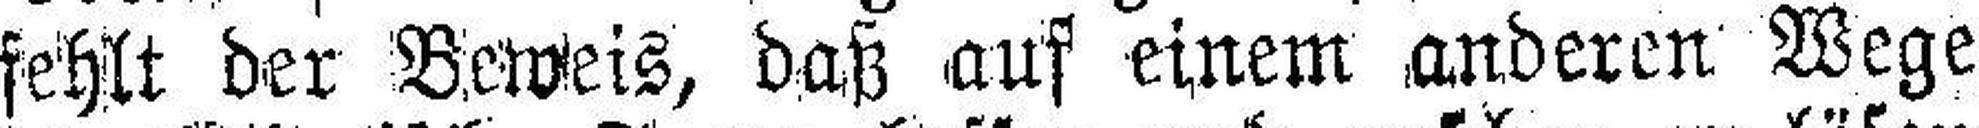
fehlt der Beweis, daß auf einem anderen Wege